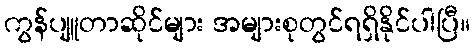
ကွန်ပျူတာဆိုင်များ အများစုတွင်ရရှိနိုင်ပါပြီ။